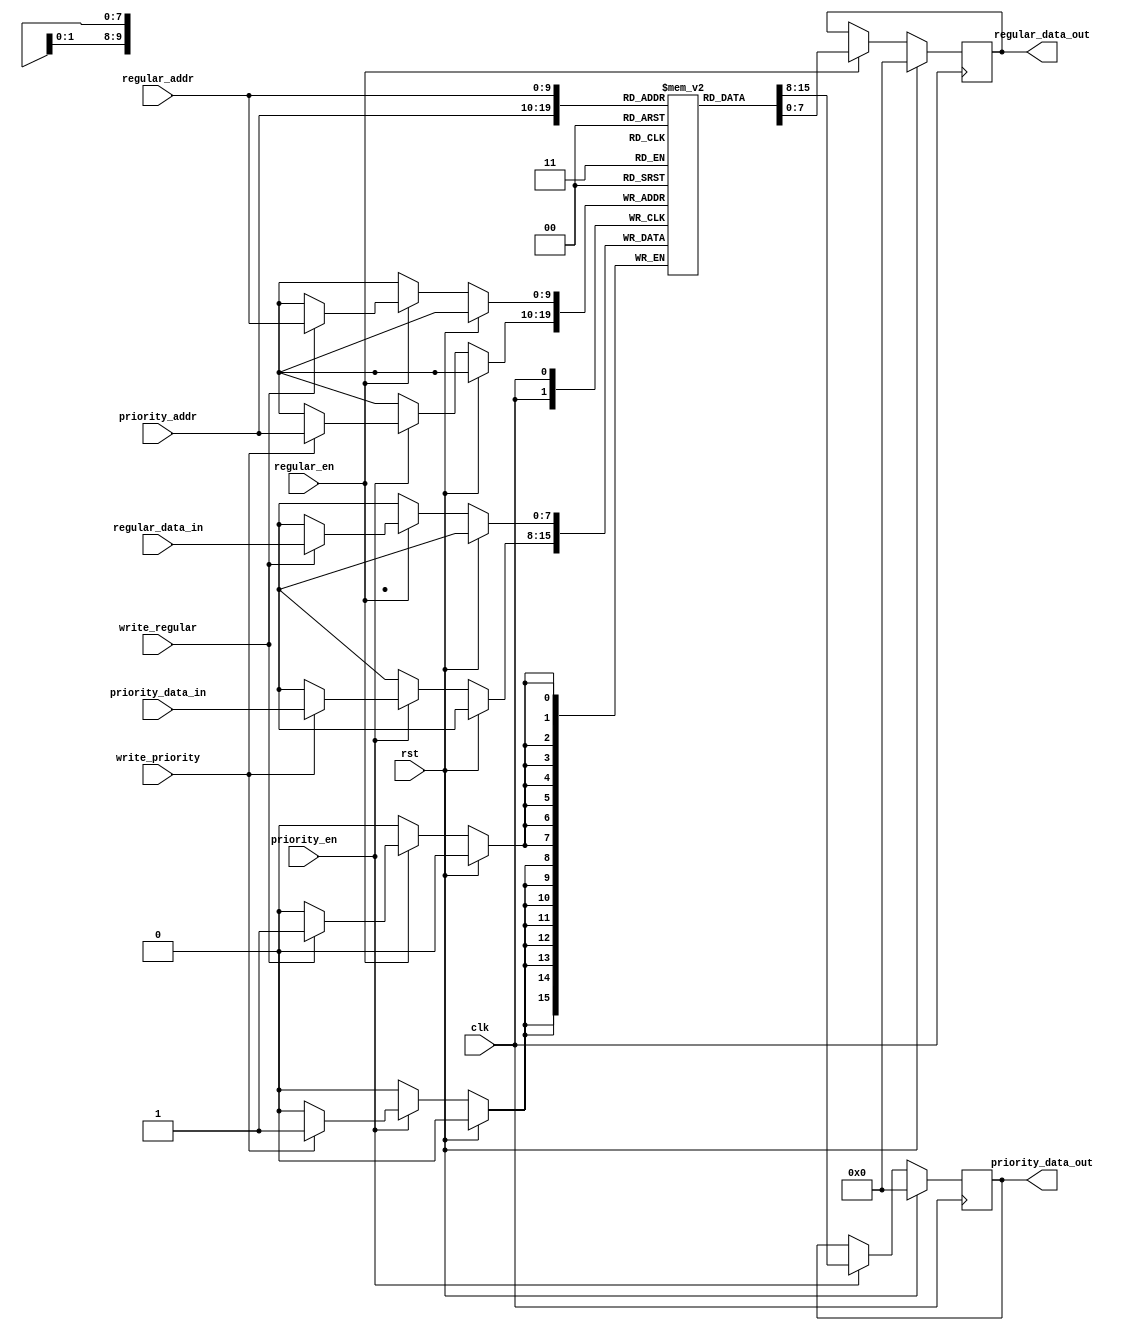
module dual_port_ram (
  input wire clk,
  input wire rst,
  
  // Priority access port
  input wire priority_en,
  input wire [ADDR_WIDTH-1:0] priority_addr,
  input wire [DATA_WIDTH-1:0] priority_data_in,
  input wire write_priority,
  output reg [DATA_WIDTH-1:0] priority_data_out,
  
  // Regular access port
  input wire regular_en,
  input wire [ADDR_WIDTH-1:0] regular_addr,
  input wire [DATA_WIDTH-1:0] regular_data_in,
  input wire write_regular,
  output reg [DATA_WIDTH-1:0] regular_data_out
);

parameter ADDR_WIDTH = 10; // Address width
parameter DATA_WIDTH = 8; // Data width
reg [DATA_WIDTH-1:0] mem [0:(2**ADDR_WIDTH)-1];

// Priority access port
always @(posedge clk) begin
  if (rst) begin
    priority_data_out <= 0;
  end else if (priority_en) begin
    if(write_priority) begin
      mem[priority_addr] <= priority_data_in;
    end
    priority_data_out <= mem[priority_addr];
  end
end

// Regular access port
always @(posedge clk) begin
  if (rst) begin
    regular_data_out <= 0;
  end else if (regular_en) begin
    if(write_regular) begin
      mem[regular_addr] <= regular_data_in;
    end
    regular_data_out <= mem[regular_addr];
  end
end

endmodule